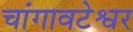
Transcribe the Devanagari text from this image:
चांगावटेश्वर